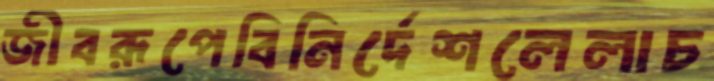
জীবরূপেবিনির্দেশলেলাচ